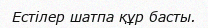
Естілер шатпа құр басты.